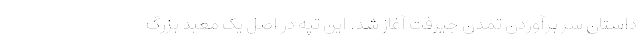
داستان سر برآوردن تمدن جیرفت آغاز شد. این تپه در اصل یک معبد بزرگ